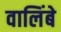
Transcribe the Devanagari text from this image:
वालिंबे